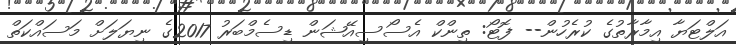
އަލްޓަޔާ އިމާރާތުގެ ކުރެހުން-- ފޮޓޯ: ތިންކް އެސޯސިއޭޝަން ޑިސެމްބަރު 2017ގެ ނިޔަލަށް މަސައްކަތް